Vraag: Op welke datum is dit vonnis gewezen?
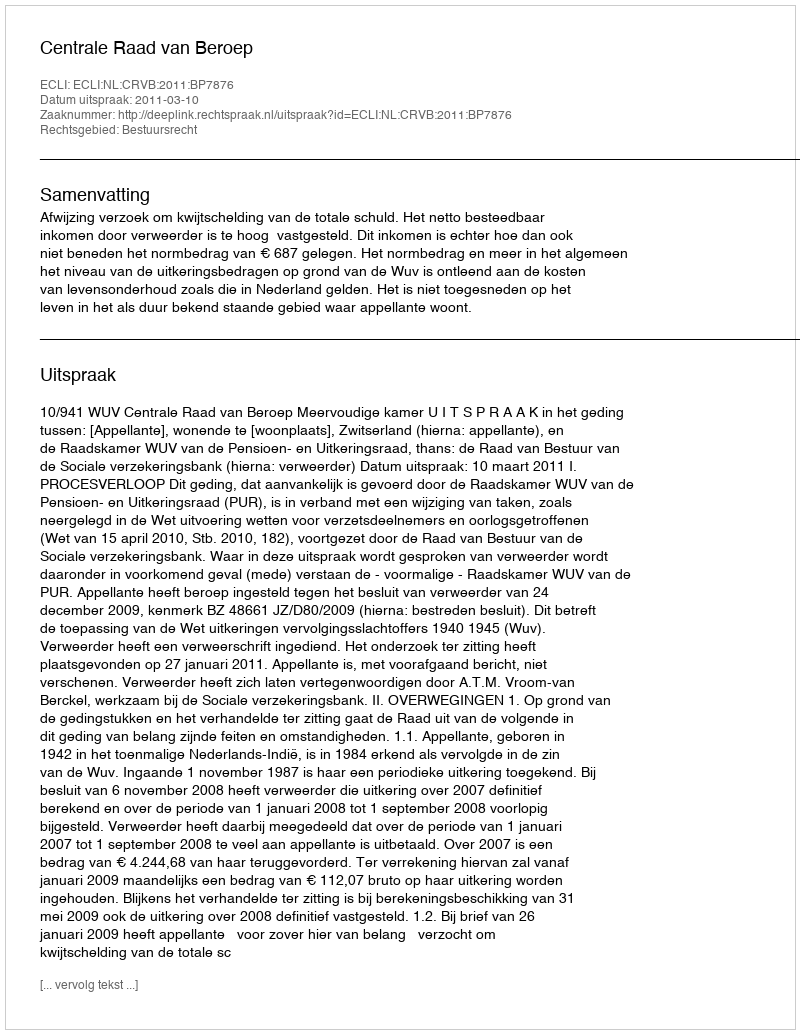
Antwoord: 2011-03-10